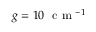
g = 1 0 ~ \mathrm { ~ c ~ m ~ } ^ { - 1 }